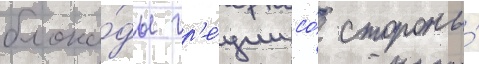
блока́ды гр'е́ции со́ стороны́